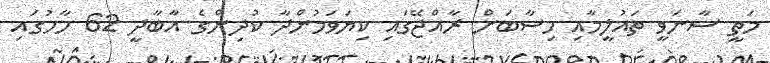
މަތީ ސާނަވީ ތައުލީމާއި ހިސާބަށް ރާއްޖޭގައި ކިޔަވަމުންދާ ކުދިންގެ އާބާދީ 62 ހާހުގައި